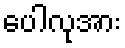
ပေါလုအား